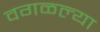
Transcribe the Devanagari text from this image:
वगळल्या